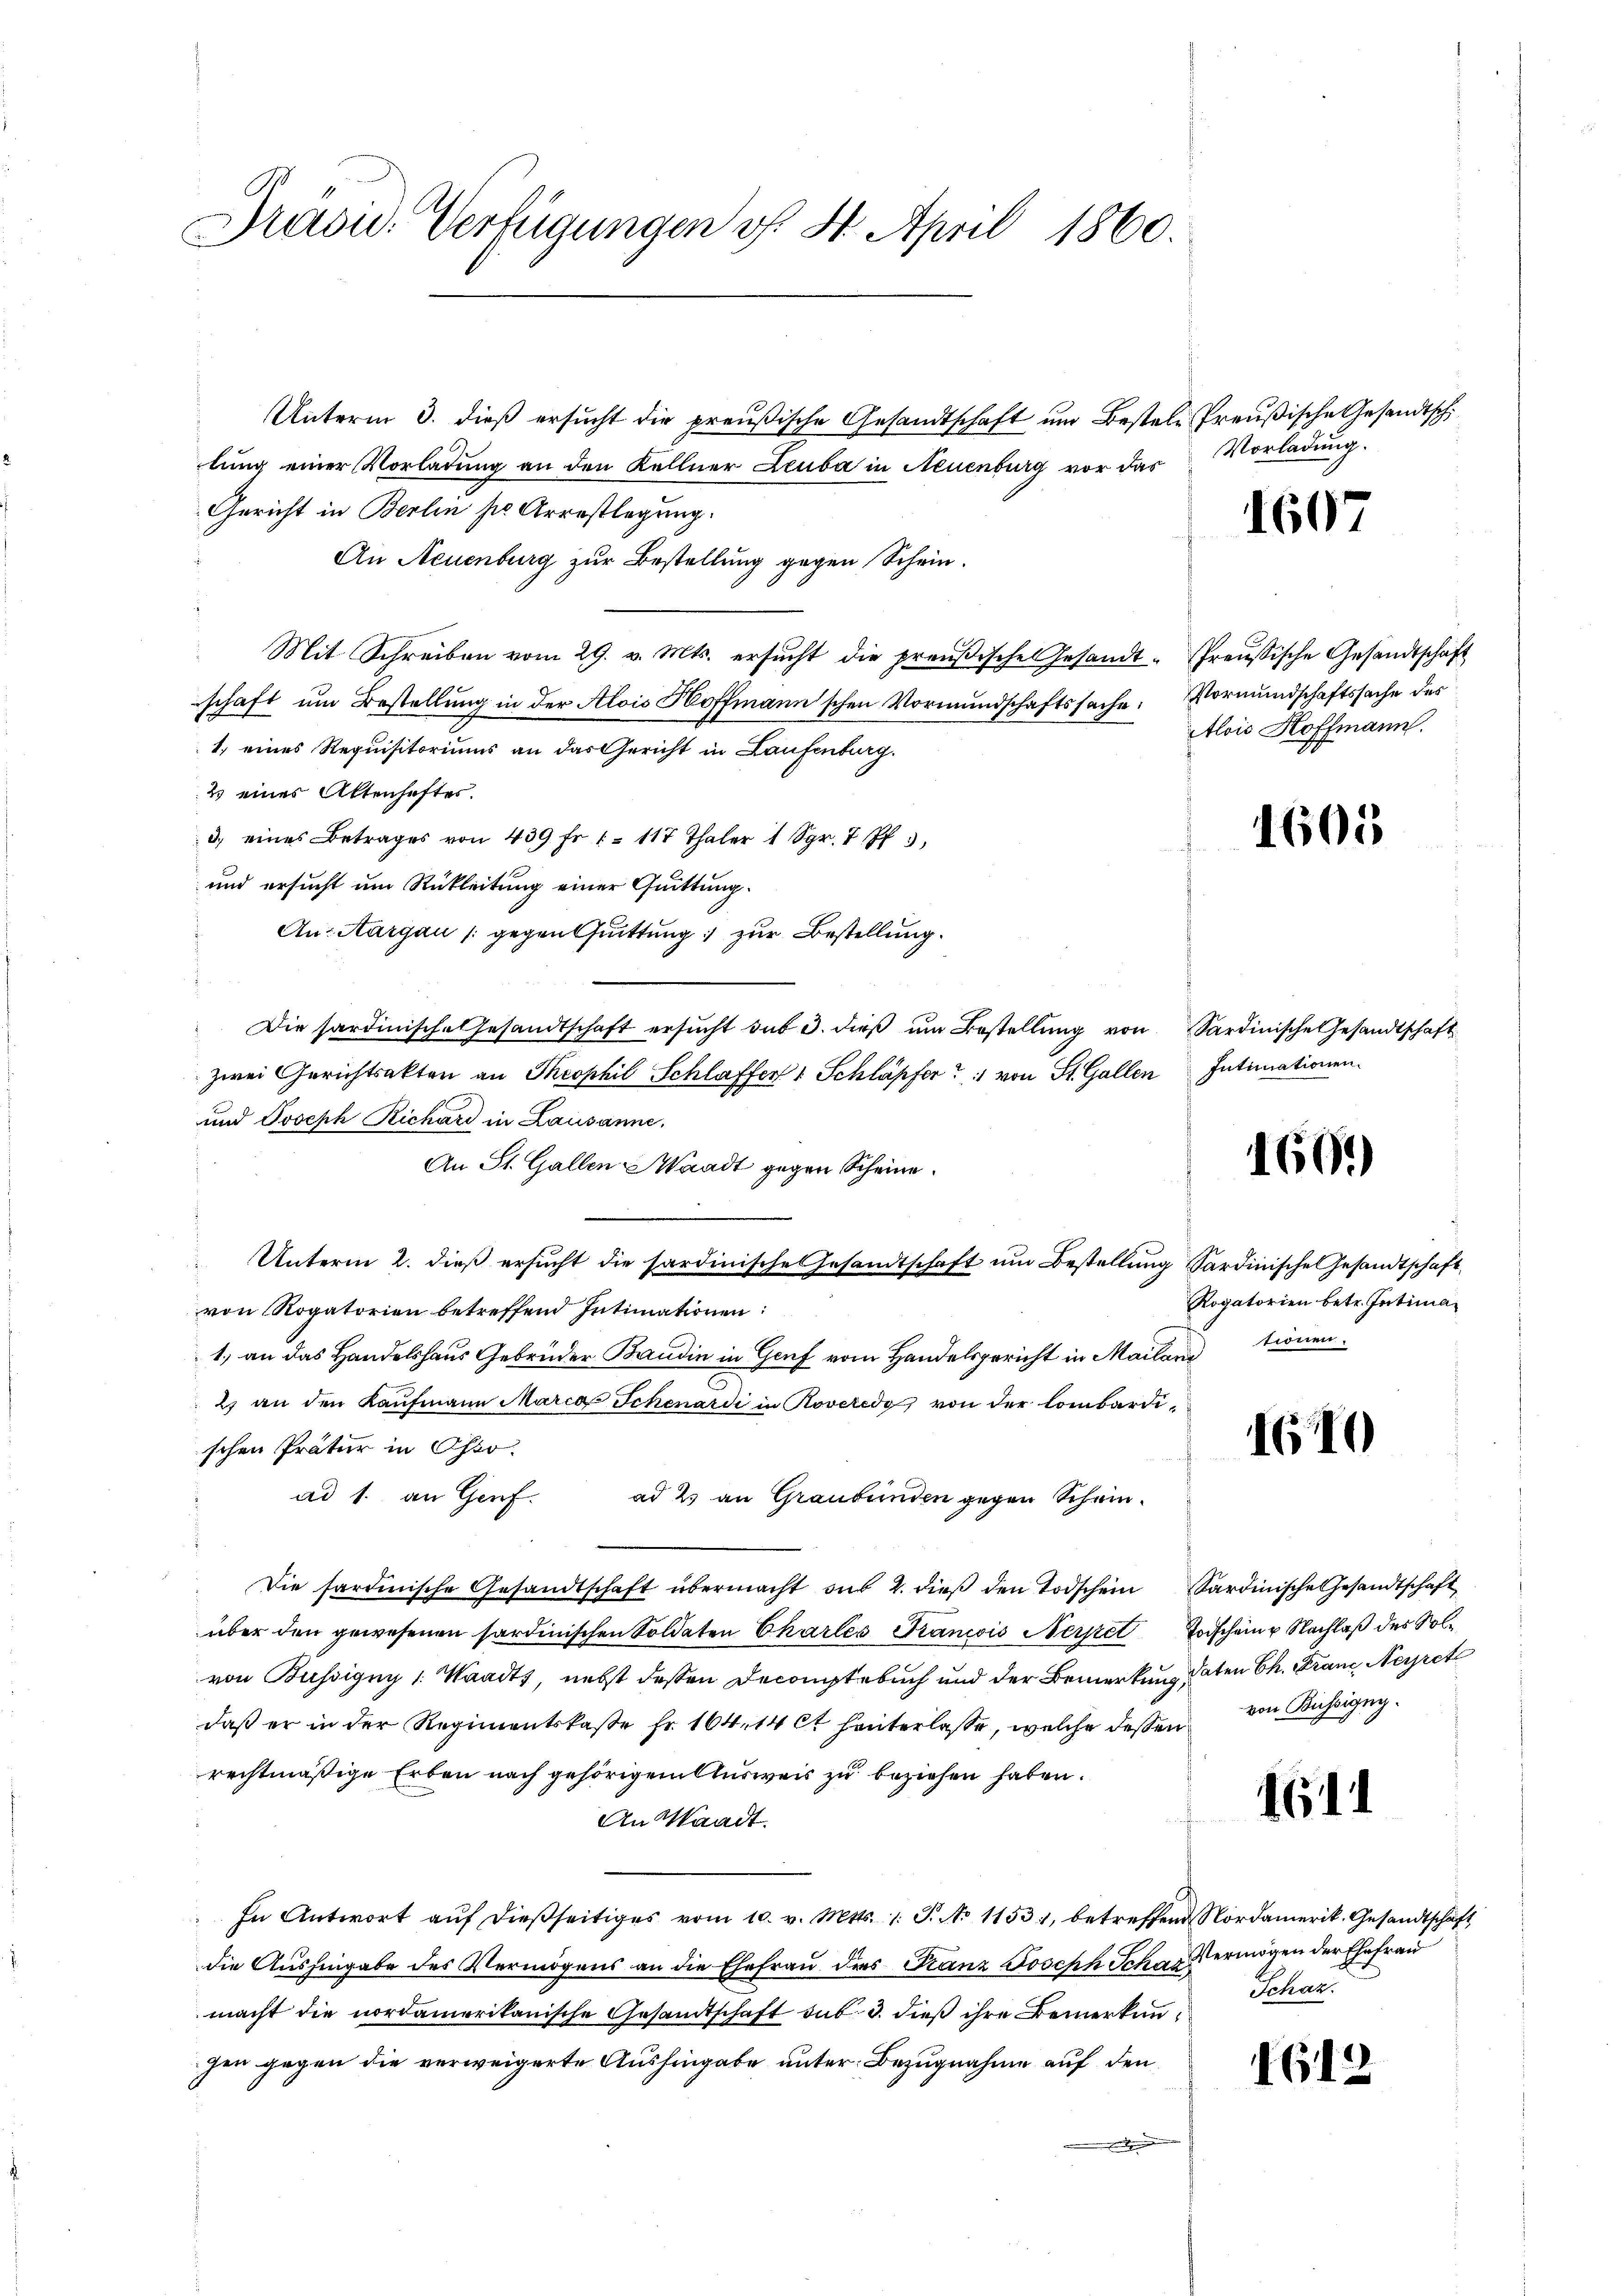
Gräsu. Verfügungen v. 4. April 1860.

Unterm 3. dieß ersŭcht die preußische Gesandtschaft um Bestele Preußische Gesandtsch
lung einer Vorladung an den Kellner Leuba in Neuenburg vor das
Gericht in Berlin sie Arrestlegung.
An Neuenburg zur Bestellung gegen Schein.
Mit Schreiben vom 29. v. Mts. ersŭcht die preußische Gesandt-freŭsische Gesandtschaft
schaft um Bestellung in der Alois Hoffmann'schen Vormundschaftssache: Vormundschaftssache des
1.) eines Requisitoriums an das Gericht in Laufenburg.
2 eines Altenhaftes.
3. eines Betrages von 439 fr. 1. 117 Thaler 1 Sgr. 7 Pf 3
¬
und ersucht um Rükleitung einer Quittung.
Au: Aargau (gegen Guittung zur Bestellung.
Die sardinische Gesandtschaft ersŭcht sub 3. dieβ ŭm Bestellung von Sardinische Gesandtschaft
zwei Gerichtsakten an Theophil Schlaffer 1 Schläpfer " von St. Gallen Intimationen.
und Joseph Richard in Lausanne,
An St. Gallen Waadt gegen Scheine
Unterm 2. dieβ ersŭcht die sardinische Gesandtschaft ŭm Bestellŭng Sardinische Gesandtschaft
von Rogatorien betreffend Intimationen:
1.) an das Handelshaus Gebrüder Baudin in Genf vom Handelsgericht in Mailand tionen.
2) an den Kaŭfmann Maria Schenardi in Roveredo von der lombardischen Prätur in Oser.
ad 1. an Genf. ad 2. an Graubünden gegen Schein-
Die sardinische Gesandtschaft übermacht aus 2. dieβ den Todschein Sardinische Gesandtschaft
über den gewesenen sardinischen Soldaten Charles Francois Serpet Todschein u. Nachlaß des Solvon Büssigny v. Waadt, nebst dessen Decanistebuch und der Bemerkung daten Ch. Franz Neyret
daß er in der Regimentskaste fr. 164. 14 et hinterlasse, welche dessen von Büssigenrechtmäßige Erben nach gehörigen Ausweis zu beziehen haben.
An Waadt.
In Antwort aŭf dießseitiges vom 10. v. Mts. 1 S. No 11531, betreffend Nordamerik. Gesandtschaft
die Aushingabe des Vermögens an die Ehefrau des Stanz Joseph Schaz
macht die nordamerikanische Gesamtschaft sus 3. dieß ihre Bemerkunhen gegen die verweigerte Aushingabe unter Bezugnahme auf den
e

Vorladung.

1607

Alois Hoffmann.

1605

1601)

Rogatorien betr. Intima

1610

16

1612

Vermögen der Ehefrau
Schaz.